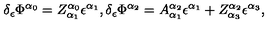
\delta _ { \epsilon } \Phi ^ { \alpha _ { 0 } } = Z _ { \alpha _ { 1 } } ^ { \alpha _ { 0 } } \epsilon ^ { \alpha _ { 1 } } , \delta _ { \epsilon } \Phi ^ { \alpha _ { 2 } } = A _ { \alpha _ { 1 } } ^ { \alpha _ { 2 } } \epsilon ^ { \alpha _ { 1 } } + Z _ { \alpha _ { 3 } } ^ { \alpha _ { 2 } } \epsilon ^ { \alpha _ { 3 } } ,